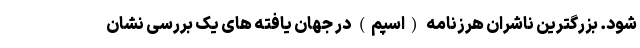
شود. بزرگترین ناشران هرزنامه (اسپم) در جهان یافته های یک بررسی نشان